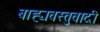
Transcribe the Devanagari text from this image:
बाह्यवस्तुवादी